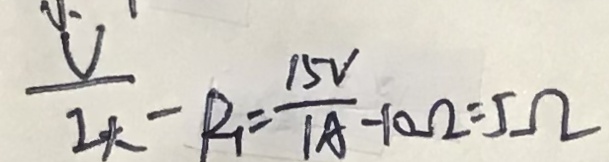
\frac { v } { 1 k } - R _ { 1 } = \frac { 1 5 v } { 1 A } - 1 0 \Omega = 5 \Omega